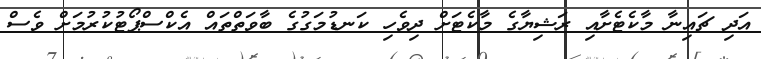
އަދި ޗައިނާ މާކެޓެށާއި ރަޝިޔާގެ މާކެޓަށް ދިވެހި ކަނޑުމަގުގެ ބާވަތްތައް އެކްސްޕޯޓުކުރުމަށް ވެސް